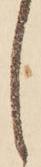
し